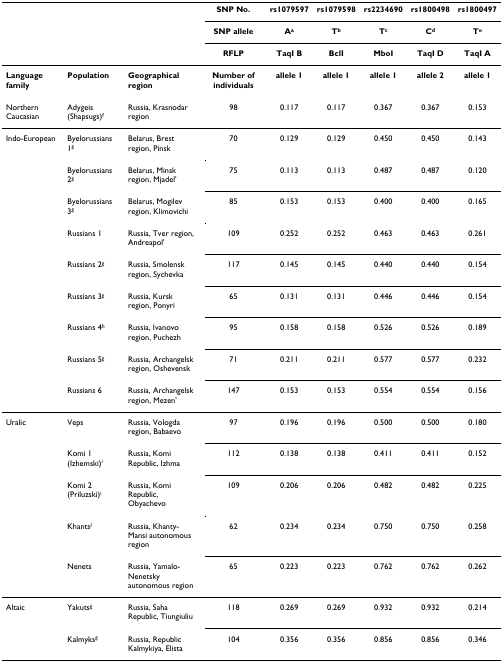
<table><thead><tr><td></td><td></td><td></td><td><b>SNP No.</b></td><td><b>rs1079597</b></td><td><b>rs1079598</b></td><td><b>rs2234690</b></td><td><b>rs1800498</b></td><td><b>rs1800497</b></td></tr><tr><td></td><td></td><td></td><td><b>SNP allele</b></td><td><b>A<sup>a</sup></b></td><td><b>T<sup>b</sup></b></td><td><b>T<sup>c</sup></b></td><td><b>C<sup>d</sup></b></td><td><b>T<sup>e</sup></b></td></tr><tr><td></td><td></td><td></td><td><b>RFLP</b></td><td><b>TaqI B</b></td><td><b>BclI</b></td><td><b>MboI</b></td><td><b>TaqI D</b></td><td><b>TaqI A</b></td></tr></thead><tbody><tr><td><b>Language family</b></td><td><b>Population</b></td><td><b>Geographical region</b></td><td><b>Number of individuals</b></td><td><b>allele 1</b></td><td><b>allele 1</b></td><td><b>allele 1</b></td><td><b>allele 2</b></td><td><b>allele 1</b></td></tr><tr><td>Northern Caucasian</td><td>Adygeis (Shapsugs)<sup>f</sup></td><td>Russia, Krasnodar region</td><td>98</td><td>0.117</td><td>0.117</td><td>0.367</td><td>0.367</td><td>0.153</td></tr><tr><td>Indo-European</td><td>Byelorussians 1<sup>g</sup></td><td>Belarus, Brest region, Pinsk</td><td>70</td><td>0.129</td><td>0.129</td><td>0.450</td><td>0.450</td><td>0.143</td></tr><tr><td></td><td>Byelorussians 2<sup>g</sup></td><td>Belarus, Minsk region, Mjadel&#x27;</td><td>75</td><td>0.113</td><td>0.113</td><td>0.487</td><td>0.487</td><td>0.120</td></tr><tr><td></td><td>Byelorussians 3<sup>g</sup></td><td>Belarus, Mogilev region, Klimovichi</td><td>85</td><td>0.153</td><td>0.153</td><td>0.400</td><td>0.400</td><td>0.165</td></tr><tr><td></td><td>Russians 1</td><td>Russia, Tver region, Andreapol&#x27;</td><td>109</td><td>0.252</td><td>0.252</td><td>0.463</td><td>0.463</td><td>0.261</td></tr><tr><td></td><td>Russians 2<sup>g</sup></td><td>Russia, Smolensk region, Sychevka</td><td>117</td><td>0.145</td><td>0.145</td><td>0.440</td><td>0.440</td><td>0.154</td></tr><tr><td></td><td>Russians 3<sup>g</sup></td><td>Russia, Kursk region, Ponyri</td><td>65</td><td>0.131</td><td>0.131</td><td>0.446</td><td>0.446</td><td>0.154</td></tr><tr><td></td><td>Russians 4<sup>h</sup></td><td>Russia, Ivanovo region, Puchezh</td><td>95</td><td>0.158</td><td>0.158</td><td>0.526</td><td>0.526</td><td>0.189</td></tr><tr><td></td><td>Russians 5<sup>g</sup></td><td>Russia, Archangelsk region, Oshevensk</td><td>71</td><td>0.211</td><td>0.211</td><td>0.577</td><td>0.577</td><td>0.232</td></tr><tr><td></td><td>Russians 6</td><td>Russia, Archangelsk region, Mezen&#x27;</td><td>147</td><td>0.153</td><td>0.153</td><td>0.554</td><td>0.554</td><td>0.156</td></tr><tr><td>Uralic</td><td>Veps</td><td>Russia, Vologda region, Babaevo</td><td>97</td><td>0.196</td><td>0.196</td><td>0.500</td><td>0.500</td><td>0.180</td></tr><tr><td></td><td>Komi 1 (Izhemski)<sup>i</sup></td><td>Russia, Komi Republic, Izhma</td><td>112</td><td>0.138</td><td>0.138</td><td>0.411</td><td>0.411</td><td>0.152</td></tr><tr><td></td><td>Komi 2 (Priluzski)<sup>i</sup></td><td>Russia, Komi Republic, Obyachevo</td><td>109</td><td>0.206</td><td>0.206</td><td>0.482</td><td>0.482</td><td>0.225</td></tr><tr><td></td><td>Khants<sup>j</sup></td><td>Russia, Khanty-Mansi autonomous region</td><td>62</td><td>0.234</td><td>0.234</td><td>0.750</td><td>0.750</td><td>0.258</td></tr><tr><td></td><td>Nenets</td><td>Russia, Yamalo-Nenetsky autonomous region</td><td>65</td><td>0.223</td><td>0.223</td><td>0.762</td><td>0.762</td><td>0.262</td></tr><tr><td>Altaic</td><td>Yakuts<sup>g</sup></td><td>Russia, Saha Republic, Tiungiuliu</td><td>118</td><td>0.269</td><td>0.269</td><td>0.932</td><td>0.932</td><td>0.214</td></tr><tr><td></td><td>Kalmyks<sup>g</sup></td><td>Russia, Republic Kalmykiya, Elista</td><td>104</td><td>0.356</td><td>0.356</td><td>0.856</td><td>0.856</td><td>0.346</td></tr></tbody></table>